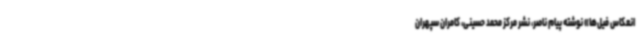
انعکاس فیل‌ها» نوشته پیام ناصر، نشر مرکز محمد حسینی، کامران سپهران